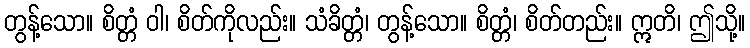
တွန့်သော။ စိတ္တံ ဝါ၊ စိတ်ကိုလည်း။ သံခိတ္တံ၊ တွန့်သော။ စိတ္တံ၊ စိတ်တည်း။ ဣတိ၊ ဤသို့။